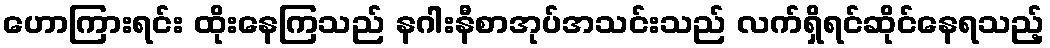
ဟောကြားရင်း ထိုးနေကြသည် နဂါးနီစာအုပ်အသင်းသည် လက်ရှိရင်ဆိုင်နေရသည့်